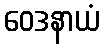
ဝေဒနာယံ